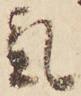
気